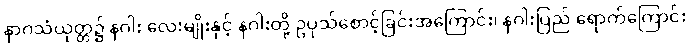
နာဂသံယုတ္တ၌ နဂါး လေးမျိုးနှင့် နဂါးတို့ ဥပုသ်စောင့်ခြင်းအကြောင်း၊ နဂါးပြည် ရောက်ကြောင်း